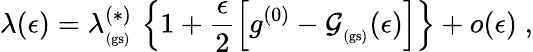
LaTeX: \lambda(\epsilon)=\lambda_{_\mathrm{(gs)}}^{(\ast)}\, \left\{ 1+\frac{\epsilon}{2}\left[g^{(0)}-{\mathcal G}_{_\mathrm{(gs)}}(\epsilon)\right]\right\} +o(\epsilon)\; ,